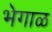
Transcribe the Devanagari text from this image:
भेगाळ